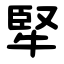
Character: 㹂